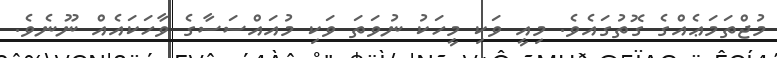
މުޖްތަމަޢެއްގެ ގޮތުގައެވެ. މިއީ ވަކި މީހަކު ނުވަތަ ވަކި މުއައްސަސާގެ ވާހަކައެއް ނޫނެވެ.